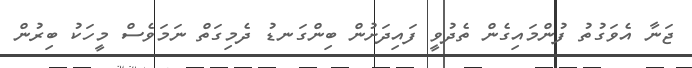
ޖަނާ އެވަގުތު ފުންމައިގެން ތެދުވީ ފައިދަށުން ބިންގަނޑު ދެމިގަތް ނަމަވެސް މީހަކު ބިރުން